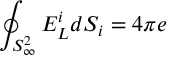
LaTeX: \oint _ { S _ { \infty } ^ { 2 } } E _ { L } ^ { i } d S _ { i } = 4 \pi e